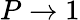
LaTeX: P\to 1